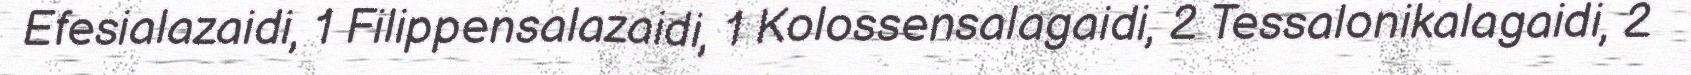
Efesialazaidi, 1 Filippensalazaidi, 1 Kolossensalagaidi, 2 Tessalonikalagaidi, 2